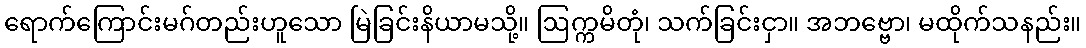
ရောက်ကြောင်းမဂ်တည်းဟူသော မြဲခြင်းနိယာမသို့။ ဩက္ကမိတုံ၊ သက်ခြင်းငှာ။ အဘဗ္ဗော၊ မထိုက်သနည်း။